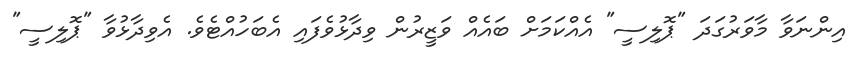
އިންނަވާ މާވަރުގަދަ "ޕޮލިސީ" އެއްކަމަށް ބައެއް ވަޒީރުން ވިދާޅުވެފައި އެބަހުއްޓެވެ. އެވިދާޅުވާ "ޕޮލިސީ"